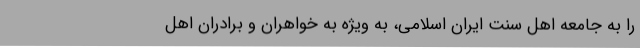
را به جامعه اهل سنت ایران اسلامی، به ویژه به خواهران و برادران اهل